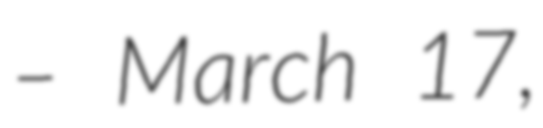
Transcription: – March 17,